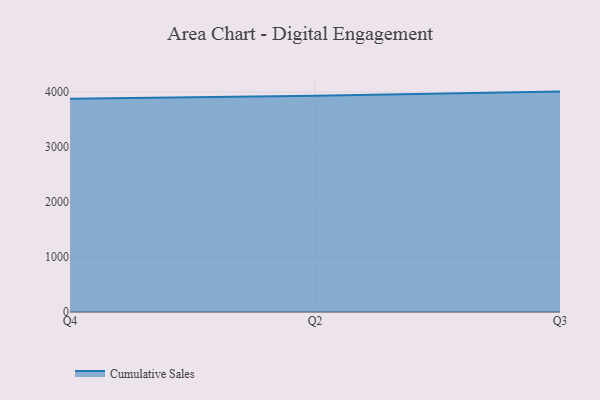
{"axis": {"x": "Quarter", "y": "Inventory Turnover"}, "legend": ["Cumulative Sales"], "data": [{"x": "Q4", "y": 3879.2, "type": "Cumulative Sales"}, {"x": "Q2", "y": 3935.6, "type": "Cumulative Sales"}, {"x": "Q3", "y": 4009.2, "type": "Cumulative Sales"}]}